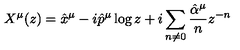
X ^ { \mu } ( z ) = \hat { x } ^ { \mu } - i \hat { p } ^ { \mu } \log z + i \sum _ { n \neq 0 } \frac { \hat { \alpha } ^ { \mu } } { n } z ^ { - n }